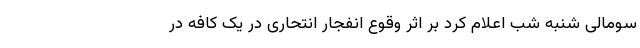
سومالی شنبه شب اعلام کرد بر اثر وقوع انفجار انتحاری در یک کافه در